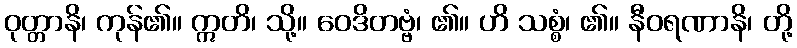
ဝုတ္တာနိ၊ ကုန်၏။ ဣတိ၊ သို့။ ဝေဒိတဗ္ဗံ၊ ၏။ ဟိ သစ္စံ၊ ၏။ နီဝရဏာနိ၊ တို့